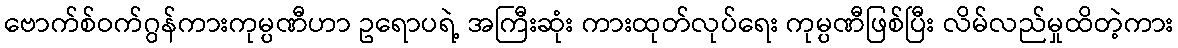
ဗောက်စ်ဝက်ဂွန်ကားကုမ္ပဏီဟာ ဥရောပရဲ့ အကြီးဆုံး ကားထုတ်လုပ်ရေး ကုမ္ပဏီဖြစ်ပြီး လိမ်လည်မှုထိတဲ့ကား